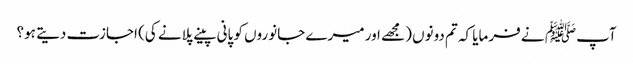
آپﷺ نے فرمایا کہ تم دونوں (مجھے اور میرے جانوروں کو پانی پینے پلانے کی) اجازت دیتے ہو؟